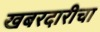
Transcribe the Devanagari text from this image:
खबरदारीचा